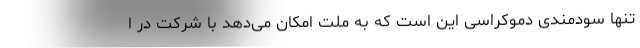
تنها سودمندی دموکراسی این است که به ملت امکان می‌دهد با شرکت در ا